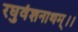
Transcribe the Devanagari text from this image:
रघुवंशनाथम्।।